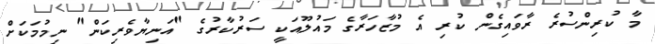
މާ ކުރިންސުރެ ރާވައިގެން ކުރި އެ މުޒާހަރާގެ މައުލޫއަކީ ސަރުކާރުގެ "އަނިޔާވެރިކަން" ނިމުމަކަށް